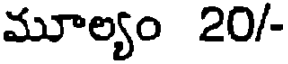
మూల్యం 20/-